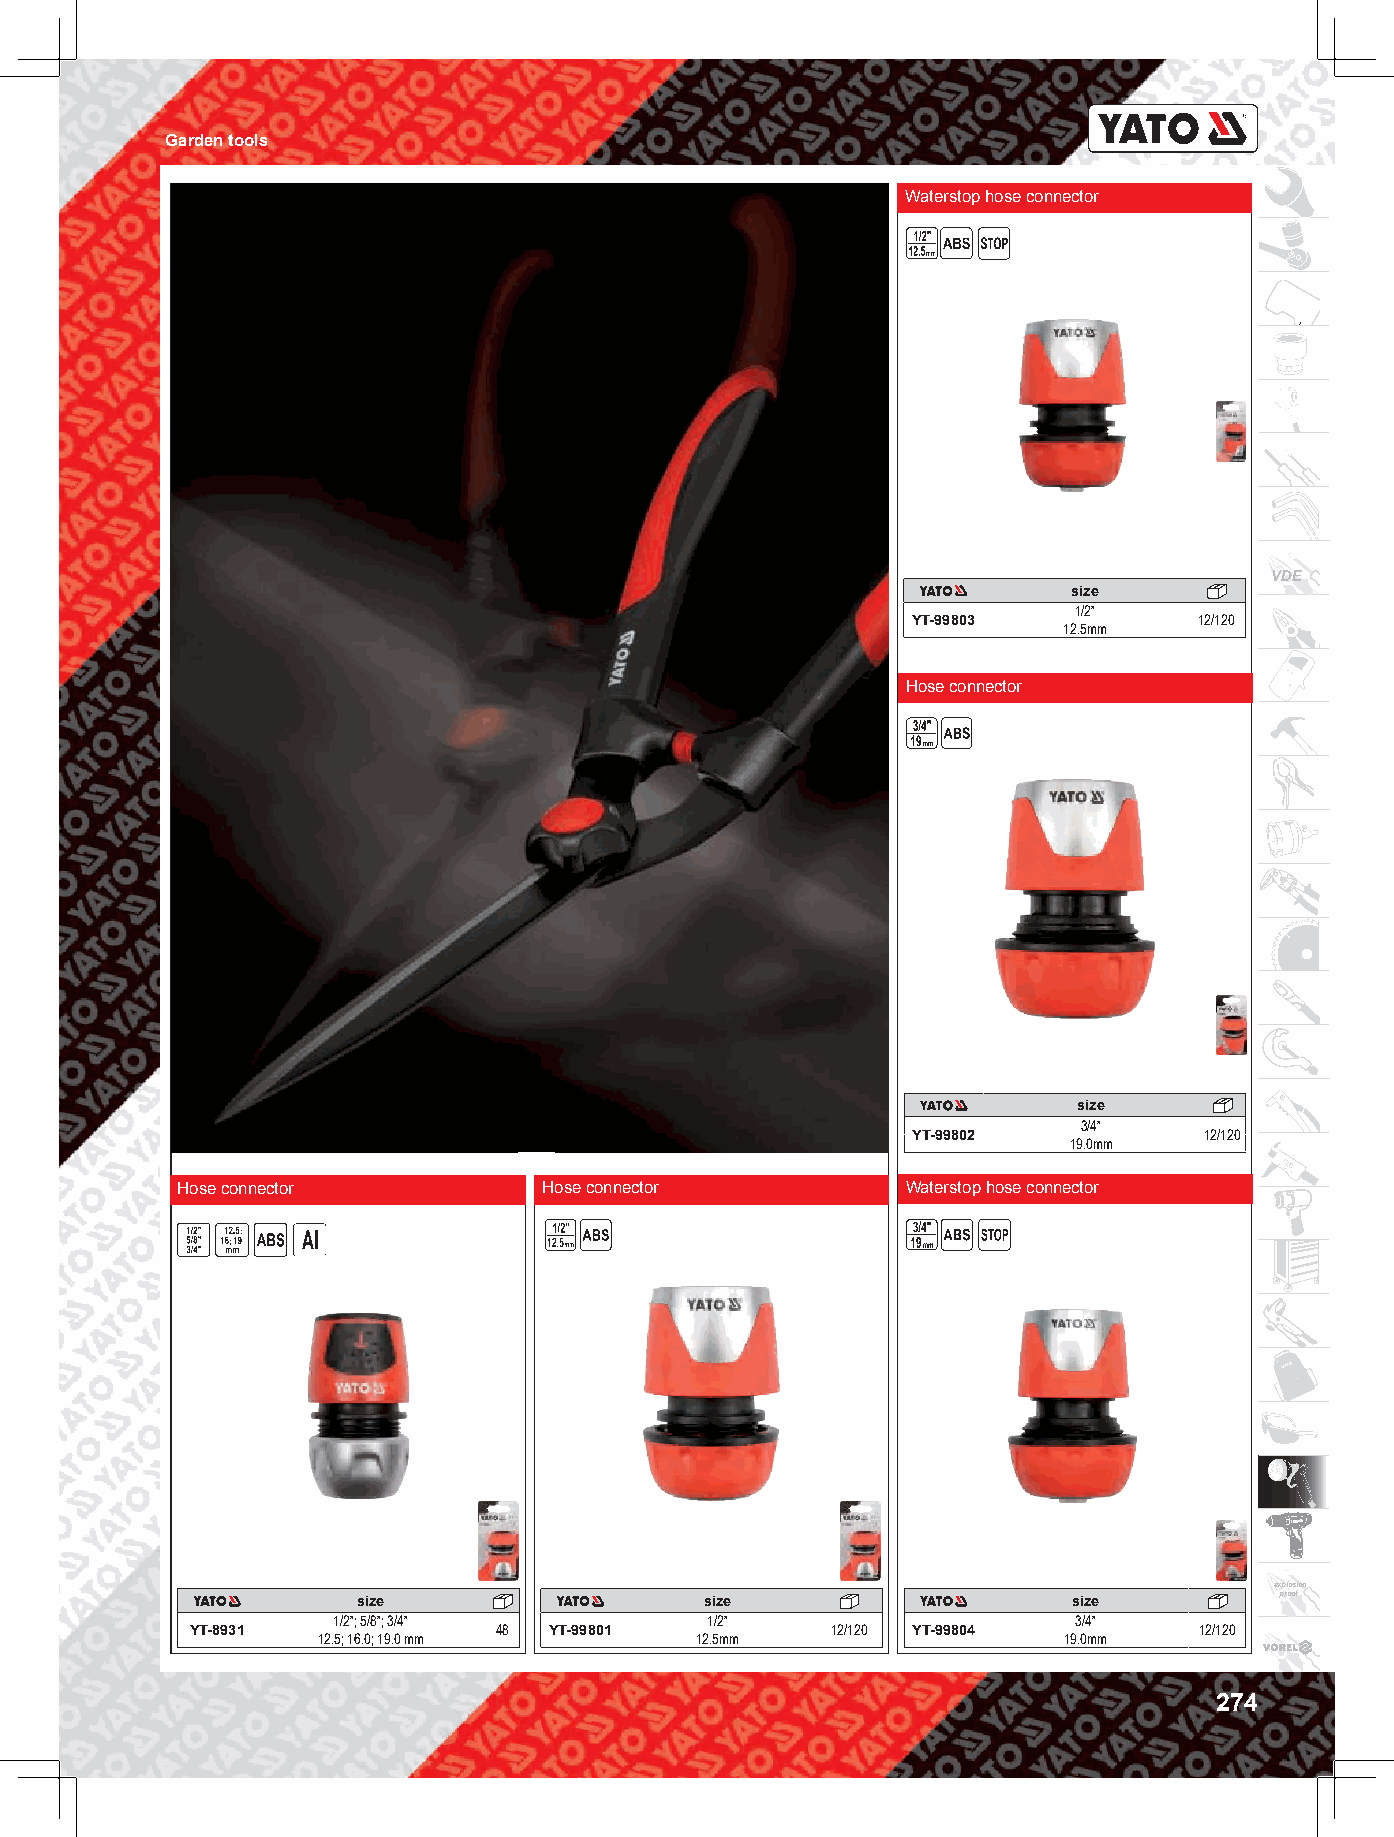
Garden tools
 Waterstop hose connector
 VDE
 size
 1/2”
 YT-99803           12/120
 12.5mm
 Hose connector
 size
 3/4”
 YT-99802            12/120
 19.0mm
 Hose connector          Hose connector          Waterstop hose connector
 explosion
 size                   size                    size          proof
 1/2”; 5/8”; 3/4”         1/2”                    3/4”
 YT-8931             48 YT-99801           12/120 YT-99804         12/120
 12.5; 16.0; 19.0 mm      12.5mm                  19.0mm
 274